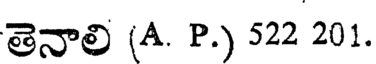
తెనాలి (A. P.) 522 201.